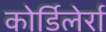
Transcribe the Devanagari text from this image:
कोर्डिलेर्रा